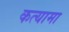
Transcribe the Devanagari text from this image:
कत्यामा